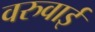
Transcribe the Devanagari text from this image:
वरुवाई